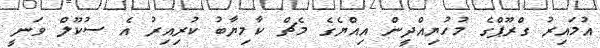
އުމައިރު ގްރޫޕްގެ މުހުޔިއްދީން އިއްޔެގެ މެޗް ކާމިޔާބު ކުރިއިރު އެ ސުކޫލް ވަނީ